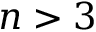
n > 3